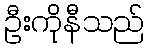
ဦးကိုနီသည်